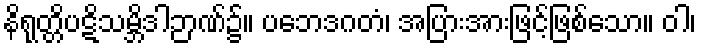
နိရုတ္တိပဋိသမ္ဘိဒါဉာဏ်၌။ ပဘေဒဂတံ၊ အပြားအားဖြင့်ဖြစ်သော။ ဝါ၊